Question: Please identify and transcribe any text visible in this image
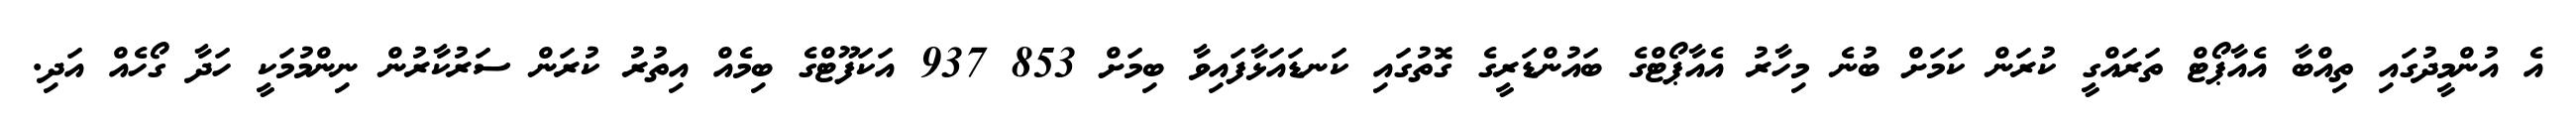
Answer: އެ އުންމީދުގައި ތިއްބާ އެއާޕޯޓް ތަރައްގީ ކުރަން ކަމަށް ބުނެ މިހާރު އެއާޕޯޓްގެ ބައުންޑަރީގެ ގޮތުގައި ކަނޑައަޅާފައިވާ ބިމަށް 853 937 އަކަފޫޓްގެ ބިމެއް އިތުރު ކުރަން ސަރުކާރުން ނިންމުމަކީ ހަދާ ގޯހެއް އަދި.